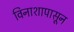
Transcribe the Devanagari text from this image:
विनाशापासून